Source: Handwritten
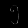
Digit: ၅ (5)